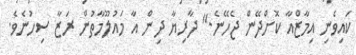
ކައިވެނި އިމާޒްއާ ކޮށްދޭން ޖެހޭނެ." ދާރިޔާ ދިން އާ މައުލޫމާތުން ރަޒާ ސިހުނެވެ.